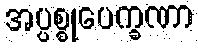
အပ္ပစ္စုပေက္ခဏာ